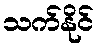
သက်နိုင်